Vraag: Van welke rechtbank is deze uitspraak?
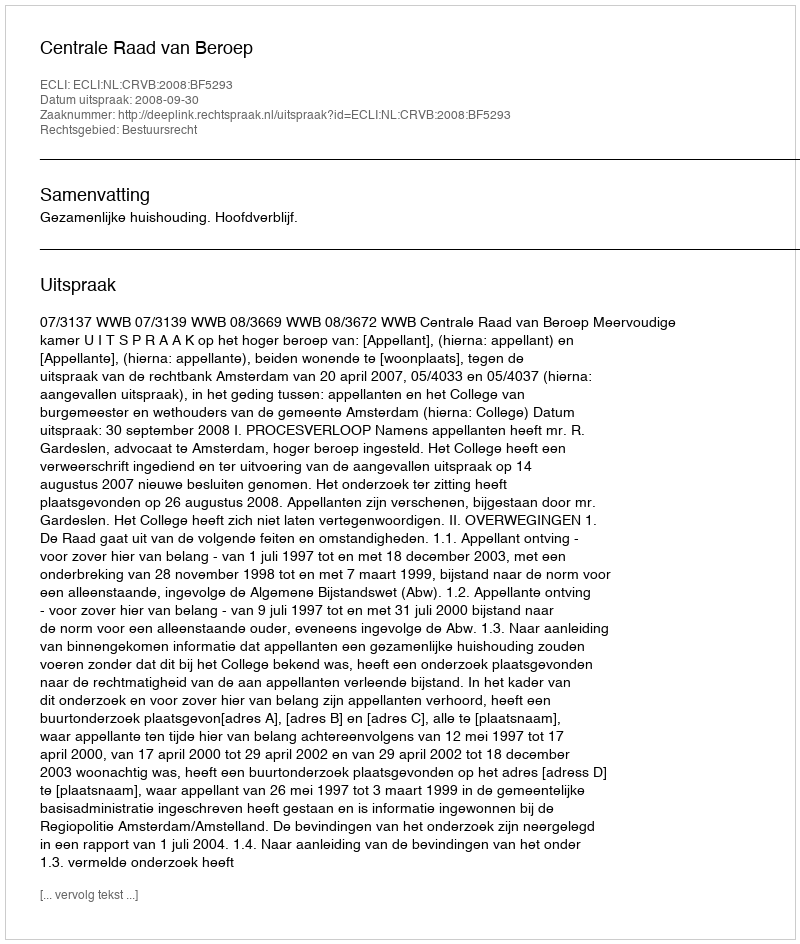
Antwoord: Centrale Raad van Beroep